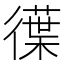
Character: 𭜆